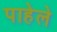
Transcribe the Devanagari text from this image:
पाहेले